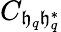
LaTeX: C_{\mathfrak{h}_{q}\mathfrak{h}_{q}^{*}}